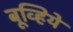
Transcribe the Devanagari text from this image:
बूव्हिये